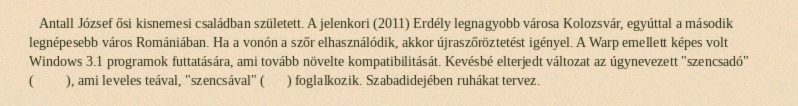
Antall József ősi kisnemesi családban született. A jelenkori (2011) Erdély legnagyobb városa Kolozsvár, egyúttal a második legnépesebb város Romániában. Ha a vonón a szőr elhasználódik, akkor újraszőröztetést igényel. A Warp emellett képes volt Windows 3.1 programok futtatására, ami tovább növelte kompatibilitását. Kevésbé elterjedt változat az úgynevezett "szencsadó" (煎茶道), ami leveles teával, "szencsával" (煎茶) foglalkozik. Szabadidejében ruhákat tervez.